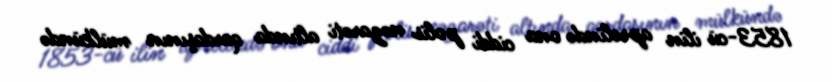
1853-cü ilin aprelində ona ciddi polis nəzarəti altında qardaşının mülkündə